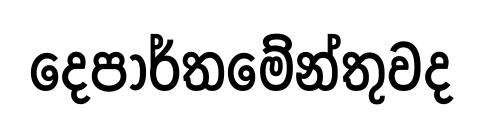
දෙපාර්තමේන්තුවද